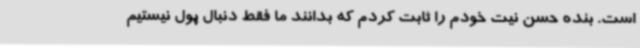
است. بنده حسن نیت خودم را ثابت کردم که بدانند ما فقط دنبال پول نیستیم